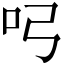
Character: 𭇂